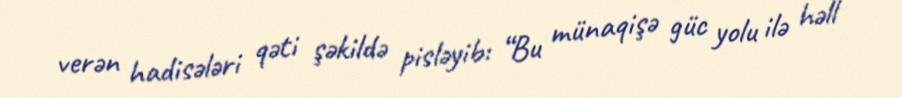
verən hadisələri qəti şəkildə pisləyib: “Bu münaqişə güc yolu ilə həll